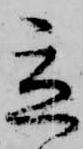
立